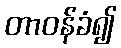
တာဝန်ခံ၍